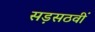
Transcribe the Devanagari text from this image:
सड़सठवीं